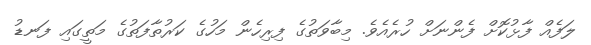
ލަފެއް ފާޅުކޮށް ފެންނަށް ހުރެއެވެ. މިބާވަތުގެ ފިރިހެން މަހުގެ ކަރުތާފަތުގެ މަތީގައި ފަނޑު